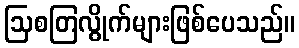
ဩစတြလွိုက်များဖြစ်ပေသည်။